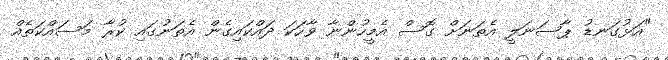
"އަޅުގަނޑު ޕާސަނަލީ އެތަނަށް ގޮސް އެމީހުންނާ ވާހަކަ ދައްކައިގެން އެތަނުގައި ކުރާ މަސައްކަތެއް